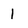
Character: 1